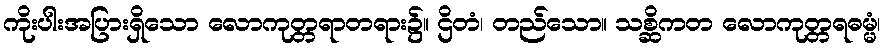
ကိုးပါးအပြားရှိသော လောကုတ္တရာတရား၌။ ဌိတံ၊ တည်သော။ သစ္ဆိကတ လောကုတ္တရဓမ္မံ၊